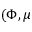
( \Phi , \mu